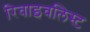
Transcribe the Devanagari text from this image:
रिवाइवलिस्ट